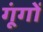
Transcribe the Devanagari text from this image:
गूंगों